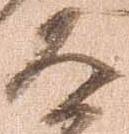
道